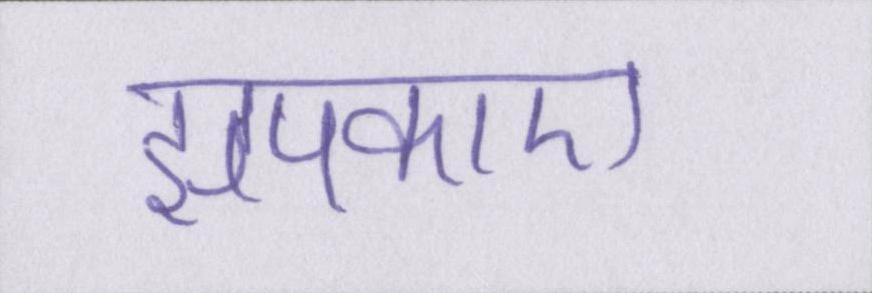
झपकाए